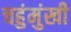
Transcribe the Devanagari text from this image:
चहुंमुंखी